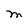
Character: M